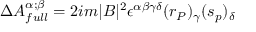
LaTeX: \Delta A _ { f u l l } ^ { \alpha ; \beta } = 2 i m | B | ^ { 2 } \epsilon ^ { \alpha \beta \gamma \delta } ( r _ { P } ) _ { \gamma } ( s _ { p } ) _ { \delta }